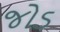
જોડ